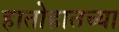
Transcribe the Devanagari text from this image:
हातोहातच्या